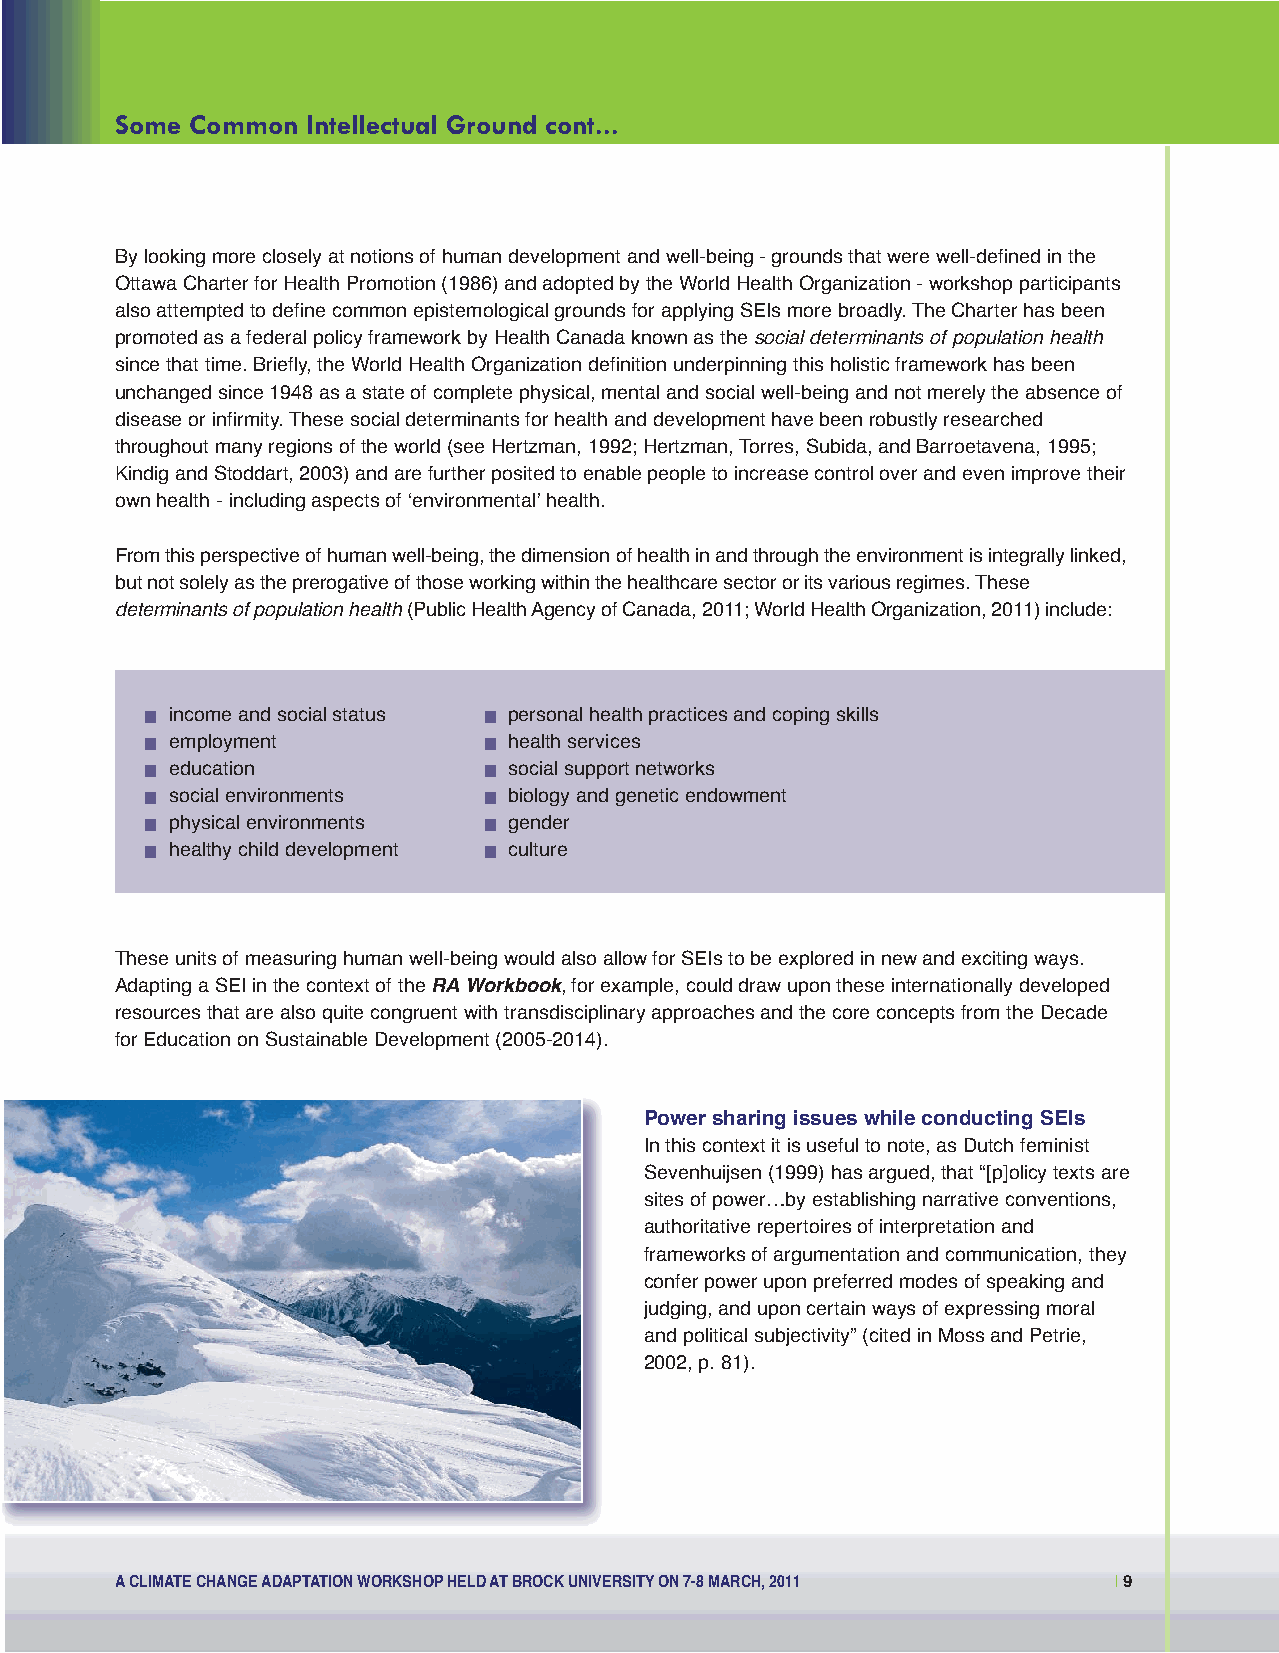
Social Economic:Layout 1 11-07-28 1:51 PM Page 9
 Some Common Intellectual Ground cont...
 By looking more closely at notions of human development and well-being - grounds that were well-defined in the
 Ottawa Charter for Health Promotion (1986) and adopted by the World Health Organization - workshop participants
 also attempted to define common epistemological grounds for applying SEIs more broadly. The Charter has been
 promoted as a federal policy framework by Health Canada known as the social determinants of population health
 since that time. Briefly, the World Health Organization definition underpinning this holistic framework has been
 unchanged since 1948 as a state of complete physical, mental and social well-being and not merely the absence of
 disease or infirmity. These social determinants for health and development have been robustly researched
 throughout many regions of the world (see Hertzman, 1992; Hertzman, Torres, Subida, and Barroetavena, 1995;
 Kindig and Stoddart, 2003) and are further posited to enable people to increase control over and even improve their
 own health - including aspects of ʻenvironmentalʼ health.
 From this perspective of human well-being, the dimension of health in and through the environment is integrally linked,
 but not solely as the prerogative of those working within the healthcare sector or its various regimes. These
 determinants of population health(Public Health Agency of Canada, 2011; World Health Organization, 2011) include:
  income and social status  personal health practices and coping skills
  employment           health services
  education            social support networks
  social environments  biology and genetic endowment
  physical environments  gender
  healthy child development  culture
 These units of measuring human well-being would also allow for SEIs to be explored in new and exciting ways.
 Adapting a SEI in the context of the RA Workbook, for example, could draw upon these internationally developed
 resources that are also quite congruent with transdisciplinary approaches and the core concepts from the Decade
 for Education on Sustainable Development (2005-2014).
 Power sharing issues while conducting SEIs
 In this context it is useful to note, as Dutch feminist
 Sevenhuijsen (1999) has argued, that “[p]olicy texts are
 sites of power…by establishing narrative conventions,
 authoritative repertoires of interpretation and
 frameworks of argumentation and communication, they
 confer power upon preferred modes of speaking and
 judging, and upon certain ways of expressing moral
 and political subjectivity” (cited in Moss and Petrie,
 2002, p. 81).
 A CLIMATE CHANGE ADAPTATION WORKSHOP HELD AT BROCK UNIVERSITY ON 7-8 MARCH, 2011 |9